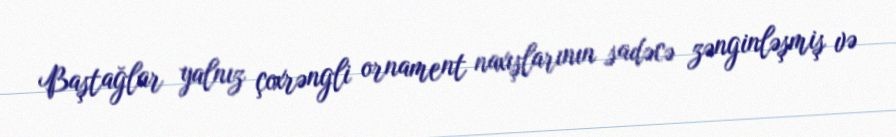
Baştağlar yalnız çoxrəngli ornament naxışlarının sadəcə zənginləşmiş və